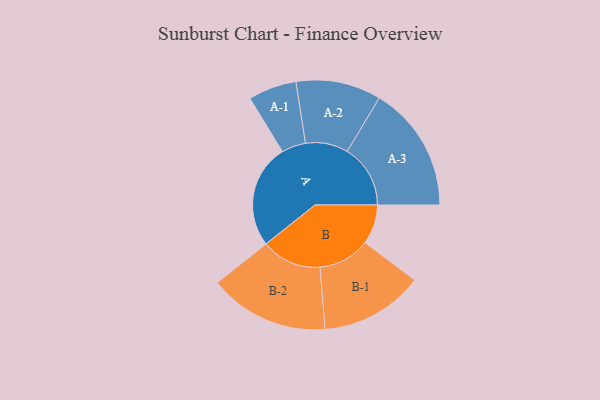
{"axis": {"x": "Segment", "y": "Value"}, "legend": ["", "A", "B"], "data": [{"x": "A", "y": 439, "type": ""}, {"x": "B", "y": 167, "type": ""}, {"x": "A-1", "y": 102, "type": "A"}, {"x": "A-2", "y": 180, "type": "A"}, {"x": "A-3", "y": 267, "type": "A"}, {"x": "B-1", "y": 219, "type": "B"}, {"x": "B-2", "y": 254, "type": "B"}]}